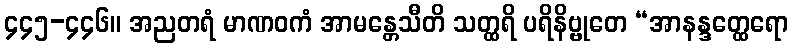
၄၄၅-၄၄၆။ အညတရံ မာဏဝကံ အာမန္တေသီတိ သတ္ထရိ ပရိနိဗ္ဗုတေ “အာနန္ဒတ္ထေရော